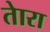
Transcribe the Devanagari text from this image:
तेारा